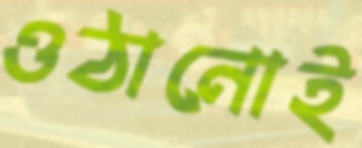
ওঠানোই